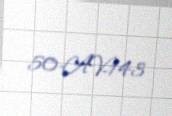
50-AV-143